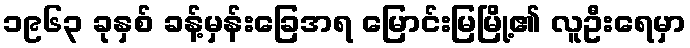
၁၉၆၃ ခုနှစ် ခန့်မှန်းခြေအရ မြောင်းမြမြို့၏ လူဦးရေမှာ